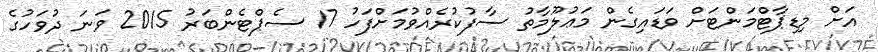
އަށް މިޑިޕާޓްމަންޓަށް ވަޑައިގެން މަޢުލޫމާތު ސާފުކުރެއްވުމަށްފަހު 17 ސެޕްޓެންބަރު 2015 ވަނަ ދުވަހުގެ